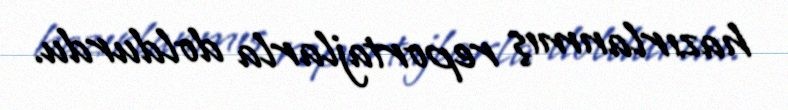
hazırlanmış reportajlarla doldurdu.